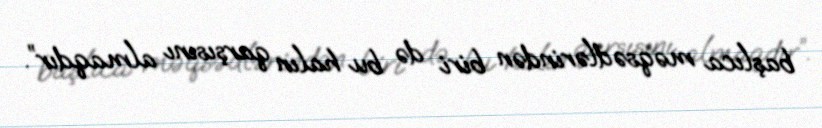
başlıca məqsədlərindən biri də bu halın qarşısını almaqdır”.